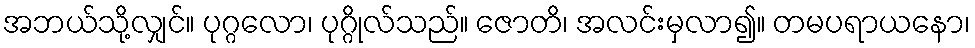
အဘယ်သို့လျှင်။ ပုဂ္ဂလော၊ ပုဂ္ဂိုလ်သည်။ ဇောတိ၊ အလင်းမှလာ၍။ တမပရာယနော၊